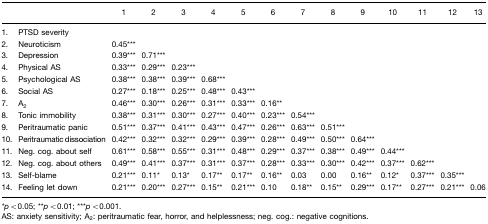
<table><thead><tr><td></td><td></td><td><b>1</b></td><td><b>2</b></td><td><b>3</b></td><td><b>4</b></td><td><b>5</b></td><td><b>6</b></td><td><b>7</b></td><td><b>8</b></td><td><b>9</b></td><td><b>10</b></td><td><b>11</b></td><td><b>12</b></td><td><b>13</b></td></tr></thead><tbody><tr><td>1.</td><td>PTSD severity</td><td></td><td></td><td></td><td></td><td></td><td></td><td></td><td></td><td></td><td></td><td></td><td></td><td></td></tr><tr><td>2.</td><td>Neuroticism</td><td>0.45***</td><td></td><td></td><td></td><td></td><td></td><td></td><td></td><td></td><td></td><td></td><td></td><td></td></tr><tr><td>3.</td><td>Depression</td><td>0.39***</td><td>0.71***</td><td></td><td></td><td></td><td></td><td></td><td></td><td></td><td></td><td></td><td></td><td></td></tr><tr><td>4.</td><td>Physical AS</td><td>0.33***</td><td>0.29***</td><td>0.23***</td><td></td><td></td><td></td><td></td><td></td><td></td><td></td><td></td><td></td><td></td></tr><tr><td>5.</td><td>Psychological AS</td><td>0.38***</td><td>0.38***</td><td>0.39***</td><td>0.68***</td><td></td><td></td><td></td><td></td><td></td><td></td><td></td><td></td><td></td></tr><tr><td>6.</td><td>Social AS</td><td>0.27***</td><td>0.18***</td><td>0.25***</td><td>0.48***</td><td>0.43***</td><td></td><td></td><td></td><td></td><td></td><td></td><td></td><td></td></tr><tr><td>7.</td><td>A<sub>2</sub></td><td>0.46***</td><td>0.30***</td><td>0.26***</td><td>0.31***</td><td>0.33***</td><td>0.16**</td><td></td><td></td><td></td><td></td><td></td><td></td><td></td></tr><tr><td>8.</td><td>Tonic immobility</td><td>0.38***</td><td>0.31***</td><td>0.30***</td><td>0.27***</td><td>0.40***</td><td>0.23***</td><td>0.54***</td><td></td><td></td><td></td><td></td><td></td><td></td></tr><tr><td>9.</td><td>Peritraumatic panic</td><td>0.51***</td><td>0.37***</td><td>0.41***</td><td>0.43***</td><td>0.47***</td><td>0.26***</td><td>0.63***</td><td>0.51***</td><td></td><td></td><td></td><td></td><td></td></tr><tr><td>10.</td><td>Peritraumatic dissociation</td><td>0.42***</td><td>0.32***</td><td>0.32***</td><td>0.29***</td><td>0.39***</td><td>0.28***</td><td>0.49***</td><td>0.50***</td><td>0.64***</td><td></td><td></td><td></td><td></td></tr><tr><td>11.</td><td>Neg. cog. about self</td><td>0.61***</td><td>0.58***</td><td>0.55***</td><td>0.31***</td><td>0.48***</td><td>0.29***</td><td>0.37***</td><td>0.38***</td><td>0.49***</td><td>0.44***</td><td></td><td></td><td></td></tr><tr><td>12.</td><td>Neg. cog. about others</td><td>0.49***</td><td>0.41***</td><td>0.37***</td><td>0.31***</td><td>0.37***</td><td>0.28***</td><td>0.33***</td><td>0.30***</td><td>0.42***</td><td>0.37***</td><td>0.62***</td><td></td><td></td></tr><tr><td>13.</td><td>Self-blame</td><td>0.21***</td><td>0.11*</td><td>0.13*</td><td>0.17**</td><td>0.17**</td><td>0.16**</td><td>0.03</td><td>0.00</td><td>0.16**</td><td>0.12*</td><td>0.37***</td><td>0.35***</td><td></td></tr><tr><td>14.</td><td>Feeling let down</td><td>0.21***</td><td>0.20***</td><td>0.27***</td><td>0.15**</td><td>0.21***</td><td>0.10</td><td>0.18**</td><td>0.15**</td><td>0.29***</td><td>0.17**</td><td>0.27***</td><td>0.21***</td><td>0.06</td></tr></tbody></table>